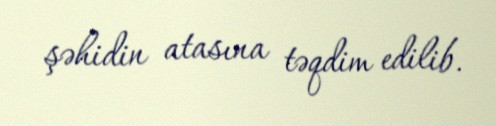
şəhidin atasına təqdim edilib.